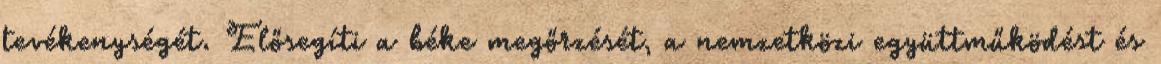
tevékenységét. Elősegíti a béke megőrzését, a nemzetközi együttműködést és